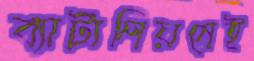
ব্যাটালিয়নেই